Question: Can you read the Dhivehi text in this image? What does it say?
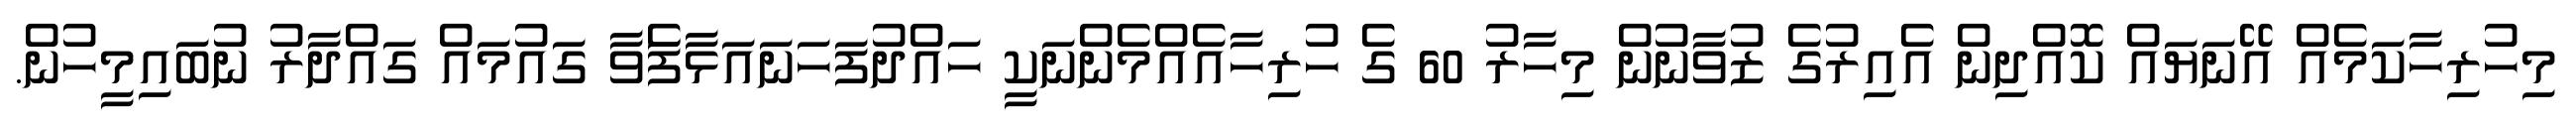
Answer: މިހުރިހާކަމެއް އޭނަޔައް ކޮއްދިން އެއިރުގެ ޒުވާނުން މިހާރު 60 ގެ ހުރިހާއެއްމެންނަކީ ހައްދުފަހަނައަޅާފަެވާ ގައުމައް ގައްދާރު ނުބައިމީހުން.